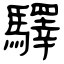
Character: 驛